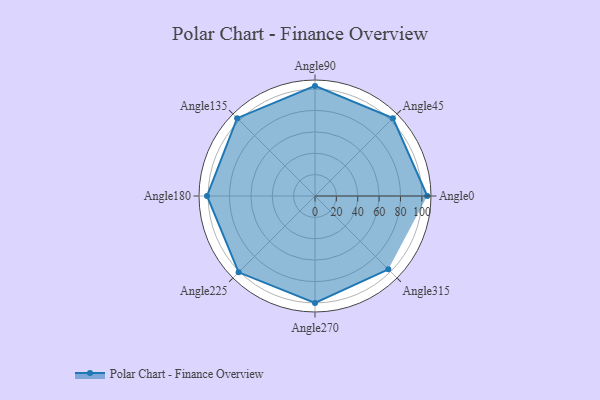
{"axis": {"x": "Angle", "y": "Radius"}, "legend": [""], "data": [{"x": "Angle0", "y": 105.0, "type": ""}, {"x": "Angle45", "y": 103.0, "type": ""}, {"x": "Angle90", "y": 103.0, "type": ""}, {"x": "Angle135", "y": 103.0, "type": ""}, {"x": "Angle180", "y": 101.0, "type": ""}, {"x": "Angle225", "y": 101.0, "type": ""}, {"x": "Angle270", "y": 100.0, "type": ""}, {"x": "Angle315", "y": 97.0, "type": ""}]}